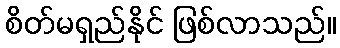
စိတ်မရှည်နိုင် ဖြစ်လာသည်။